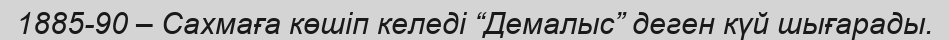
1885-90 – Сахмаға көшіп келеді “Демалыс” деген күй шығарады.